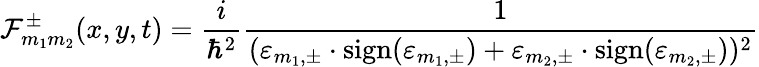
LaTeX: {\cal F}_{m_{1}m_{2}}^{\pm}(x,y,t)=\frac{i}{{\hbar}^{2}}\frac{1}{({\varepsilon}_{m_{1},\pm}\cdot\mathrm{sign}({\varepsilon}_{m_{1},\pm})+{\varepsilon}_{m_{2},\pm}\cdot\mathrm{sign}({\varepsilon}_{m_{2},\pm}))^{2}}